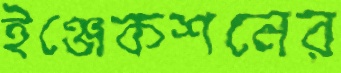
ইঞ্জেকশনের